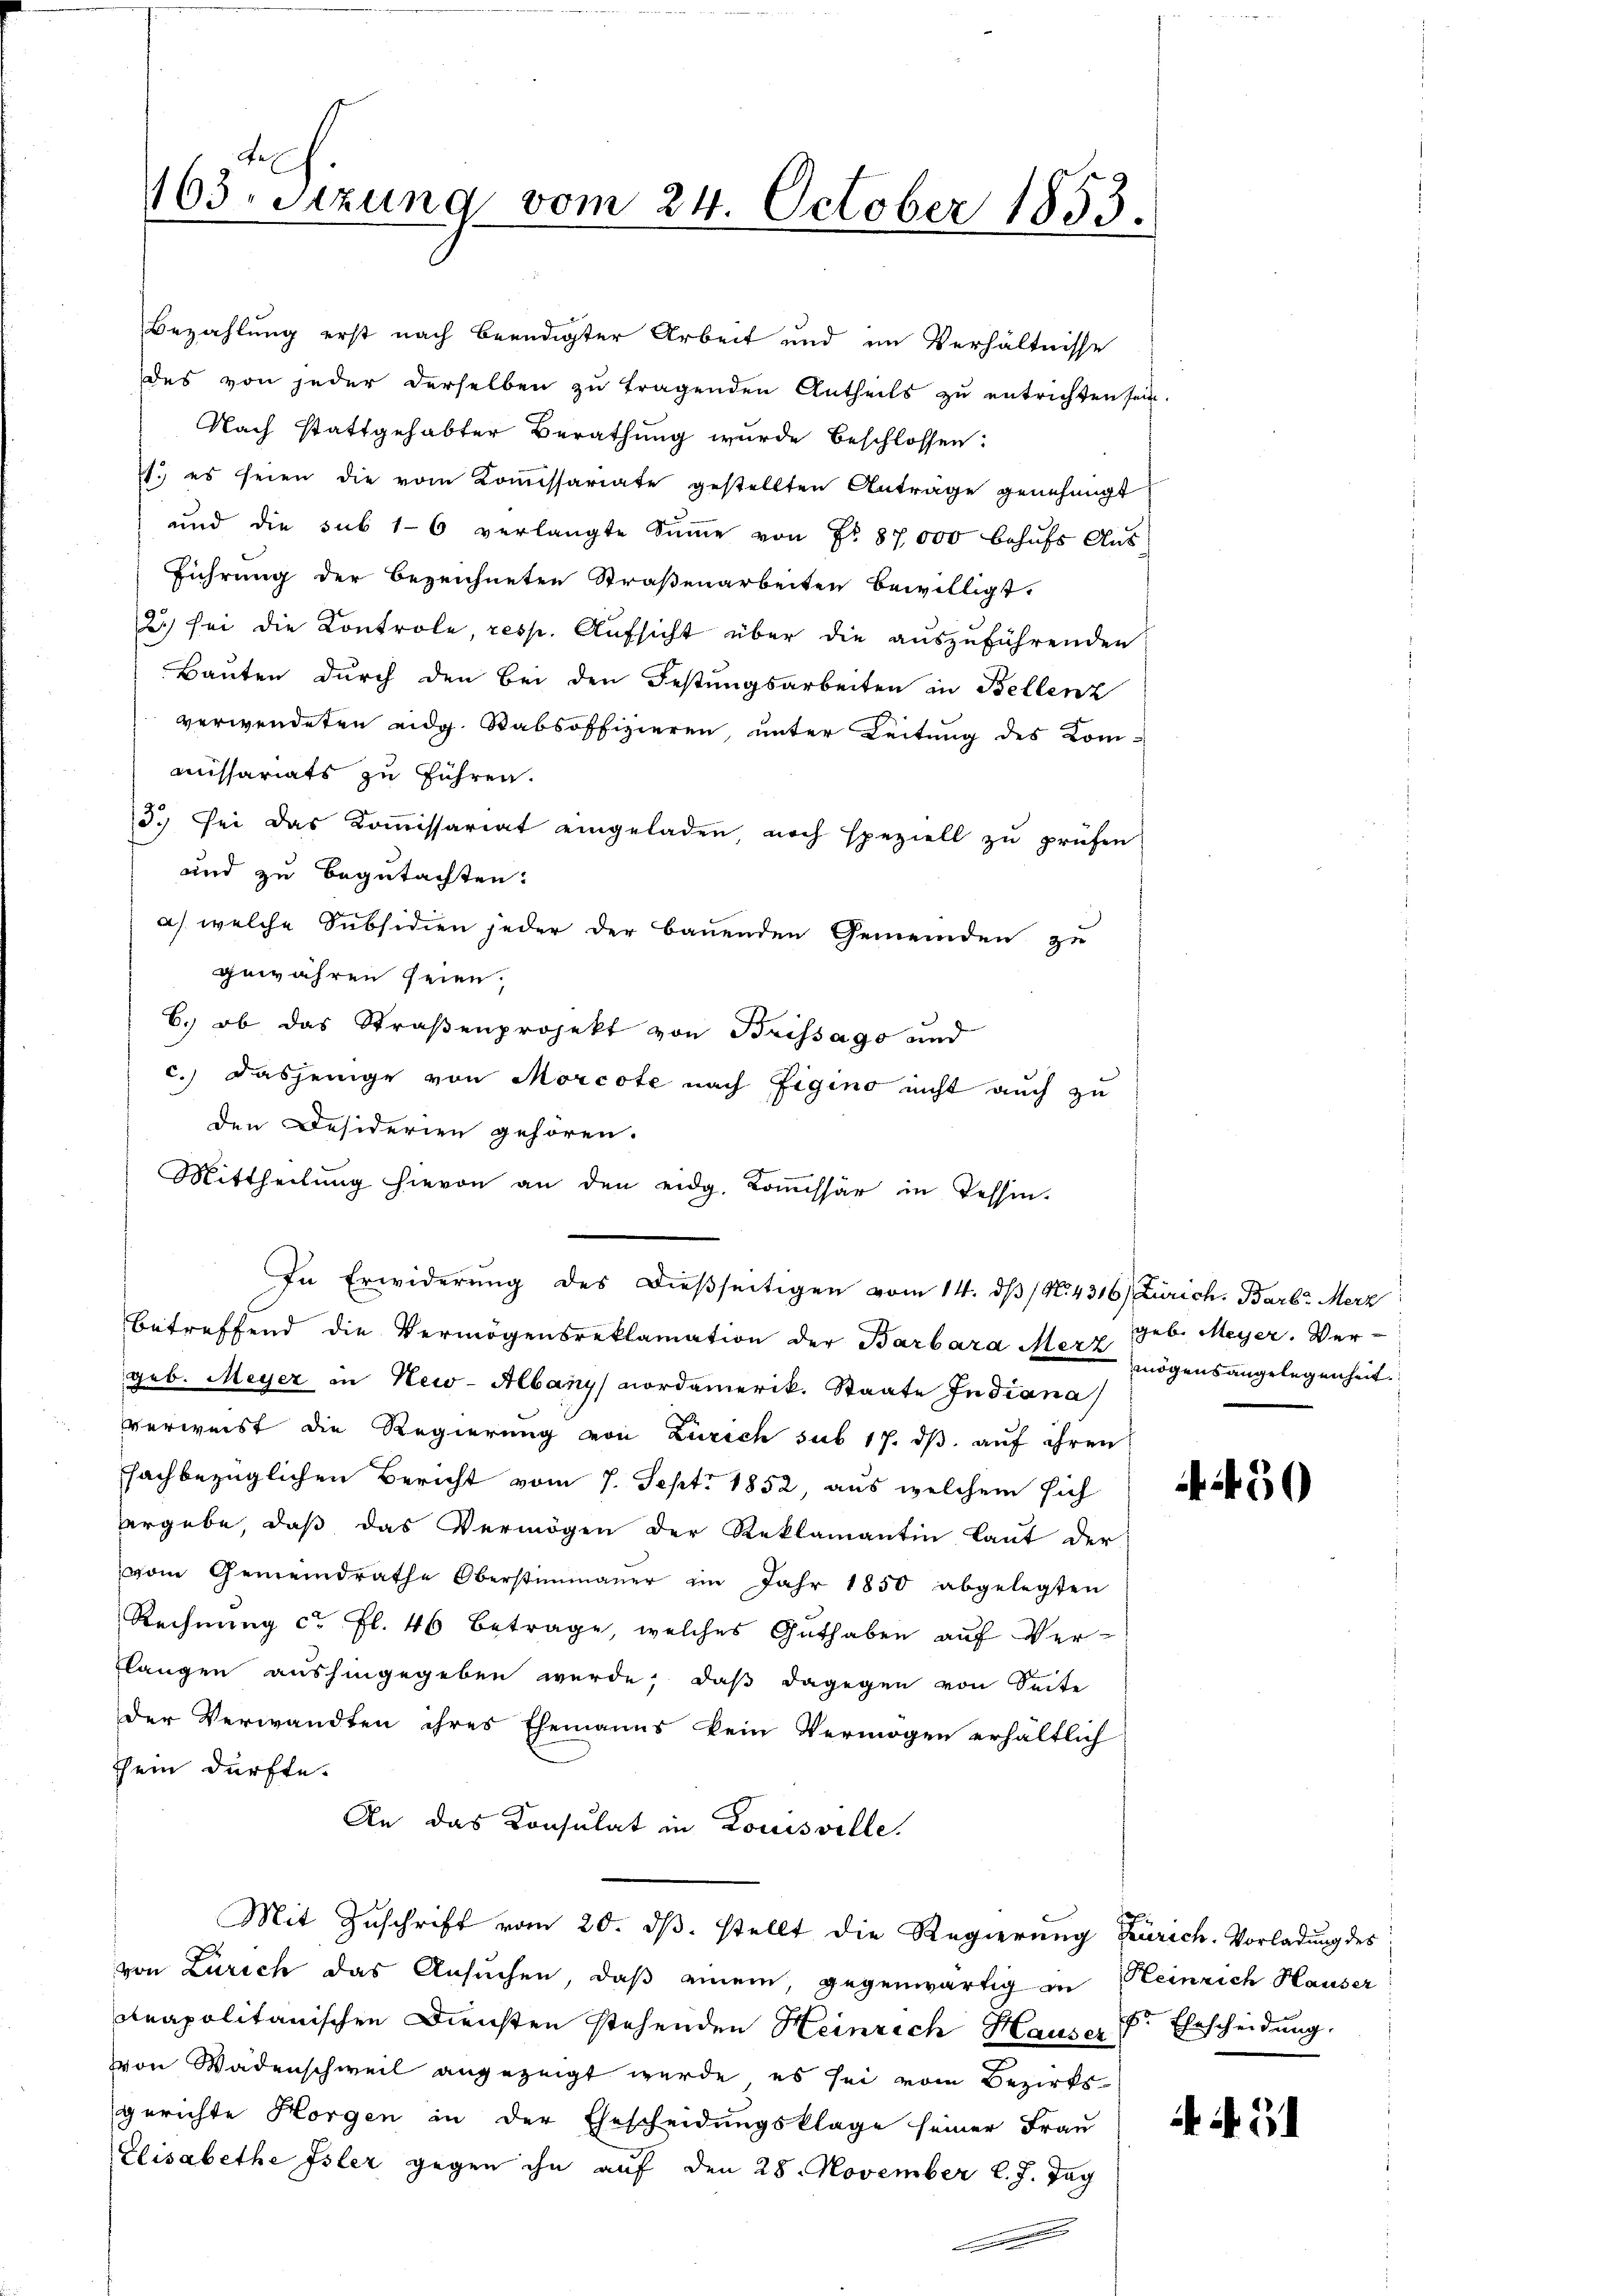
Bezahlung erst nach Beendigter Arbeit und im Verhältnisse
des von jeder derselben zu tragenden Antheils zu entrichten sein
Nach stattgehabter Berathung wurde beschlossen:
71. es seien die vom Kommissariate gestellten Anträge genehmigt
ŭnd die sub 16 verlangte Sŭṁe von Nr. 87,000 behŭfs Aŭs-
Führung der bezeichneten Straßenarbeiten bewilligt.
2) sei die Kontrole, resp. Aufsicht über die auszuführenden
Bauten durch den bei den Festungsarbeiten in Bellenz
verwendeten eidg. Stabsoffizieren unter Leitung des Kom-
missariats zu führen.
13. Sei das Koṁissariat eingeladen, noch speziell zŭ prüfen
und zu begutachten.
a) welche Subsidien jeder der bauenden Gemeinden zu
gewähren seien.
6.) ob das Straßenprojekt von Brissago und
c.) dasjenige von Morcote nach Eigino nicht auch zu
den Desiderien gehören.
betreffend die Vermögensreklamation der Barbara Merz geb. Meyer. Ver-
geb. Meyer in New-Albany nordamerik. Staate Indiana
verweist die Regierung von Zürich sub 17. ds. auf ihren
fachbezüglichen Bericht vom 7. Sept. 1852, aus welchem sich
vergebe, daß das Vermögen der Reklamantin laut der
vom Gemeindrathe Oberstimmener im Jahr 1850 abgelegten
Rechnung ca fl. 46 betrage, welches Guthaben auf Ver-
flangen aushingegeben wurde, daß dagegen von Seite
der Verwandten ihres Ehemanns kein Vermögen erhältlich
chein dürfte.
An das Konsulat in Louisville.
Mit Zuschrift vom 20. ds. stellt die Regierung Zürich. Vorladung des
von Zürich das Ansuchen, daß einem, gegenwärtig in Heinrich Hauser
ceapolitanischen Diensten stehenden Heinrich Hauser Fr. Ehescheidung,
von Wadenschweil angezeigt werde, es sei vom Bezirksgerichte Horgen in der Ehescheidungsklage seiner Frau
Elisabethe Isler gegen ihn auf den 28. November l. J. Tag

163. Sitzung vom 24. October 1853.

Mittheilŭng hievon an den eidg. Koṁissär in Tessin.
In Erwiderung des dießseitigen vom 14. dβ / N. 4316) Zürich. Barb. Merz

mögensangelegenheit.

450

AN 5